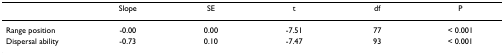
<table><thead><tr><td></td><td><b>Slope</b></td><td><b>SE</b></td><td><b>t</b></td><td><b>df</b></td><td><b>P</b></td></tr></thead><tbody><tr><td>Range position</td><td>-0.00</td><td>0.00</td><td>-7.51</td><td>77</td><td>&lt; 0.001</td></tr><tr><td>Dispersal ability</td><td>-0.73</td><td>0.10</td><td>-7.47</td><td>93</td><td>&lt; 0.001</td></tr></tbody></table>